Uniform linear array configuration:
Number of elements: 16
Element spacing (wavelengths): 0.25
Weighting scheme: uniform
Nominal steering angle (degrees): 30
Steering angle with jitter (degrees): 28.868
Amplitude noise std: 0.05
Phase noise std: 0.05

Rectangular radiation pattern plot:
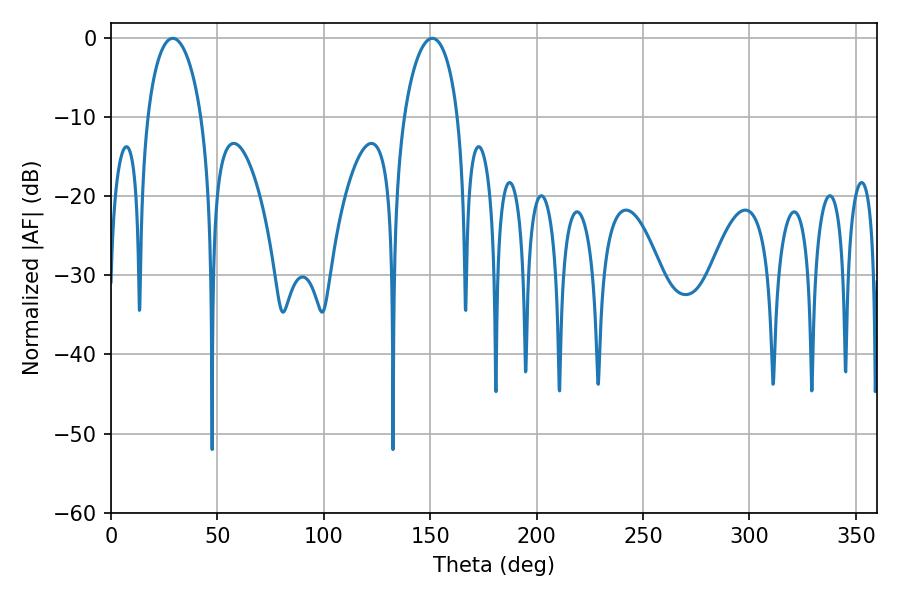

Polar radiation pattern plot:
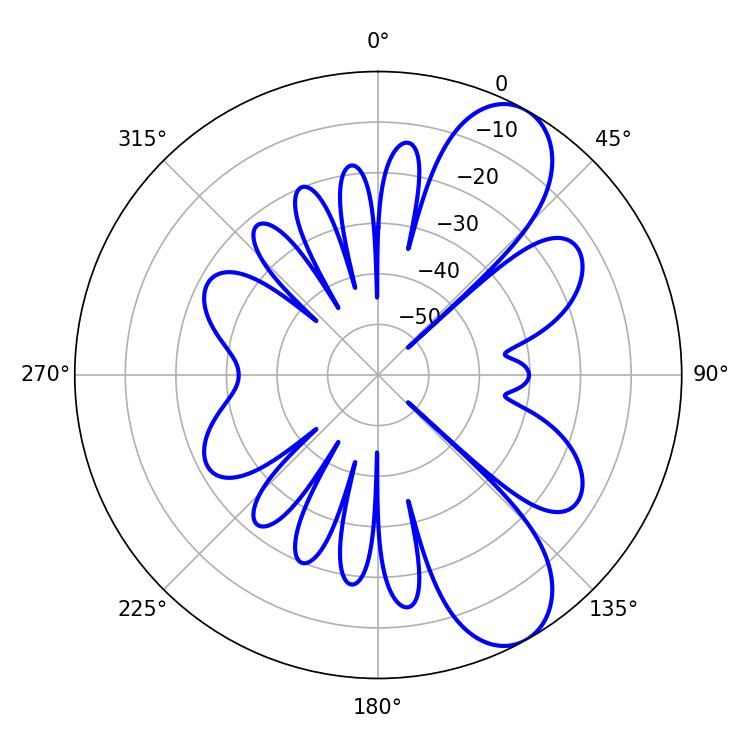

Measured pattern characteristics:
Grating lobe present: FALSE
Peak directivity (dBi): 8.661
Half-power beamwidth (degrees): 14.58
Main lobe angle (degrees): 151.02